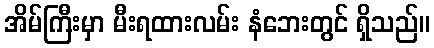
အိမ်ကြီးမှာ မီးရထားလမ်း နံဘေးတွင် ရှိသည်။